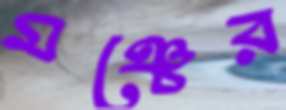
মঞ্চের